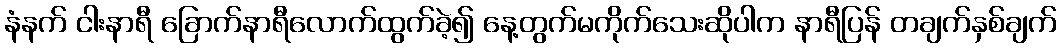
နံနက် ငါးနာရီ ခြောက်နာရီလောက်ထွက်ခဲ့၍ နေ့တွက်မကိုက်သေးဆိုပါက နာရီပြန် တချက်နှစ်ချက်